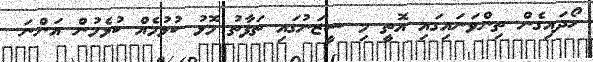
ހޯދައިގެން ތިންވަނައިގައި އޮތީ މި ސީޒަނުގައި ތަފާތު މޮޅު ކުޅުމެއް ކުޅެމުން އަންނަ